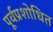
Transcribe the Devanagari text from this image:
पूर्वप्रशोधित